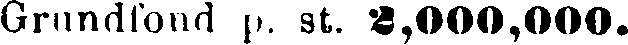
Grundfond p. st. 2,000,000.